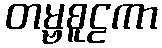
တမ္ဗစူဠကာ